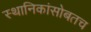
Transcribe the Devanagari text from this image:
स्थानिकांसोबतच